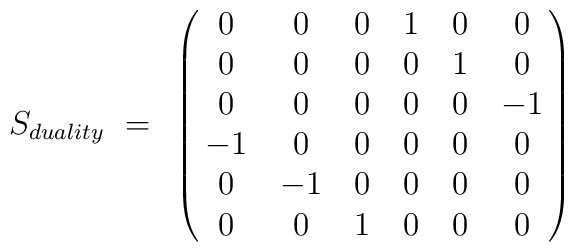
S_{duality}~=~\left ( \matrix{ 0 & 0 & 0 & 1 & 0 & 0 \cr 0 & 0 & 0 & 0 & 1 & 0\cr 0 & 0 &  0 & 0 & 0 & -1 \cr -1 & 0 & 0 & 0 & 0 & 0 \cr 0 & -1 & 0 & 0 & 0 &  0 \cr 0 & 0 & 1 & 0 & 0 & 0 \cr  }\right )